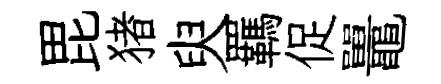
毘猪臾羈促鼉